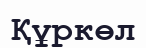
Құркөл